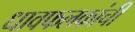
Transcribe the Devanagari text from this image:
धावफलकांची